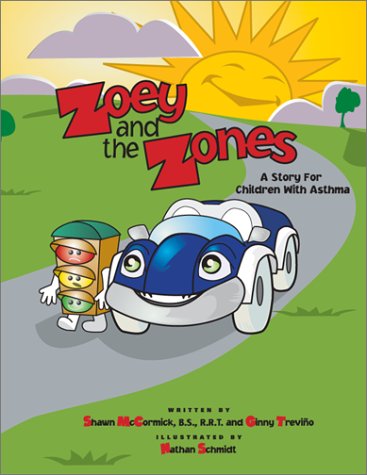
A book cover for Zoey and the Zones: A Story for Children with Asthma; Shawn R. McCormick; Health, Fitness & Dieting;